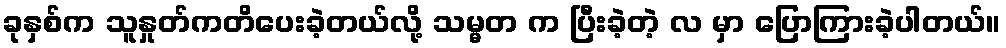
ခုနှစ်က သူနှုတ်ကတိပေးခဲ့တယ်လို့ သမ္မတ က ပြီးခဲ့တဲ့ လ မှာ ပြောကြားခဲ့ပါတယ်။